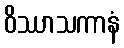
ဝိဿာသကာနံ